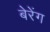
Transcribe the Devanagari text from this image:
बेरेंग